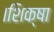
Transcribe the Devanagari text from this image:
।शिक्षा